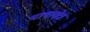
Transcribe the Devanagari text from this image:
भाषाक्षेत्र